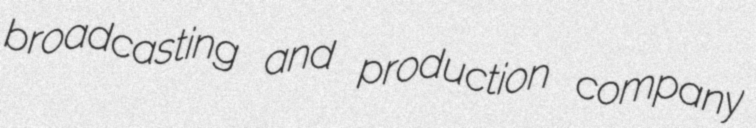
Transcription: broadcasting and production company